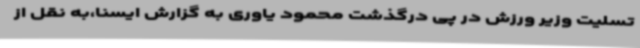
تسلیت وزیر ورزش در پی درگذشت محمود یاوری به گزارش ایسنا،به نقل از